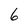
Character: 6